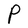
Character: P